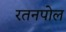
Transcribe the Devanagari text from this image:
रतनपोल